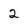
Character: 2